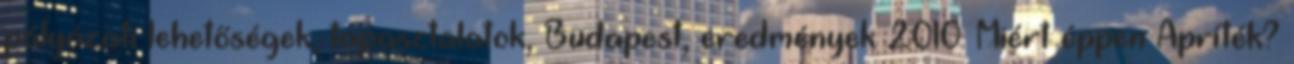
pályázati lehetőségek, tapasztalatok, Budapest, eredmények 2010. Miért éppen Apríték?